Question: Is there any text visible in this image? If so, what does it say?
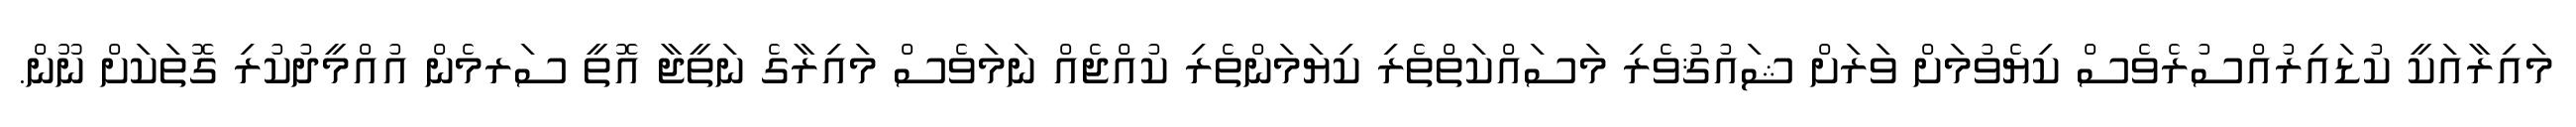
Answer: މައިރާއަކީ ކުޑައިރުއްސުރެވެސް ކިޔެވުމަށް ވަރަށް ޝައުޤުވެރި މަސައްކަތްތެރި ކިޔަމަންތެރި ކުއްޖެއް ނަމަވެސް މައިރާގެ ނަތީޖާ އޮތީ ސަރމެން އުއްމީދުކުރި ގޮތަކަށް ނޫން.